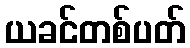
ယခင်တစ်ပတ်